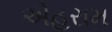
એહરામ